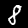
Digit: 8